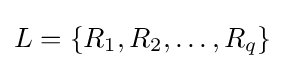
L=\{R_{1},R_{2},\ldots ,R_{q}\}